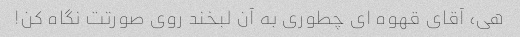
هی، آقای قهوه ای چطوری به آن لبخند روی صورتت نگاه کن!